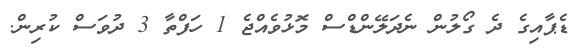
ޑެޕާއިގެ ދެ ގޯލުން ނެދަލޭންޑްސް މޮޅުވެއްޖެ 1 ހަފްތާ 3 ދުވަސް ކުރިން.